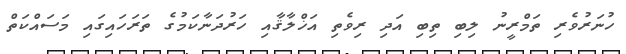
ހުނަރުވެރި ތަމްރީނު ލިބި ތިބި އަދި ރިވެތި އަޚްލާޤާއި ހަރުދަނާކަމުގެ ތަރަހައިގައި މަސައްކަތް